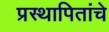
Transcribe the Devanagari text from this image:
प्रस्थापितांचे